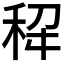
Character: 𫀭